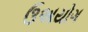
ઉઅયોગ